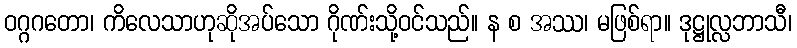
ဝဂ္ဂဂတော၊ ကိလေသာဟုဆိုအပ်သော ဂိုဏ်းသို့ဝင်သည်။ န စ အဿ၊ မဖြစ်ရာ။ ဒုဋ္ဌုလ္လဘာသီ၊